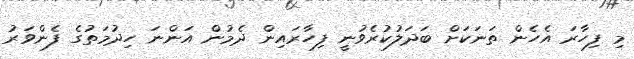
މި ފިހާރަ އެހެން ތަނަކަށް ބަދަލުކުރެވުނީ ފިހާރައިން ދެމުން އަންނަ ހިދުމަތުގެ ފެންވަރު